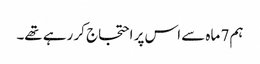
ہم 7 ماہ سے اس پر احتجاج کر رہے تھے۔